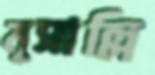
মুসাল্লি